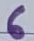
Text: 6